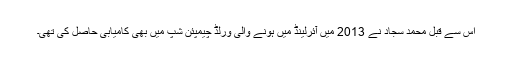
اس سے قبل محمد سجاد نے 2013 میں آئرلینڈ میں ہونے والی ورلڈ چیمپئن شپ میں بھی کامیابی حاصل کی تھی۔